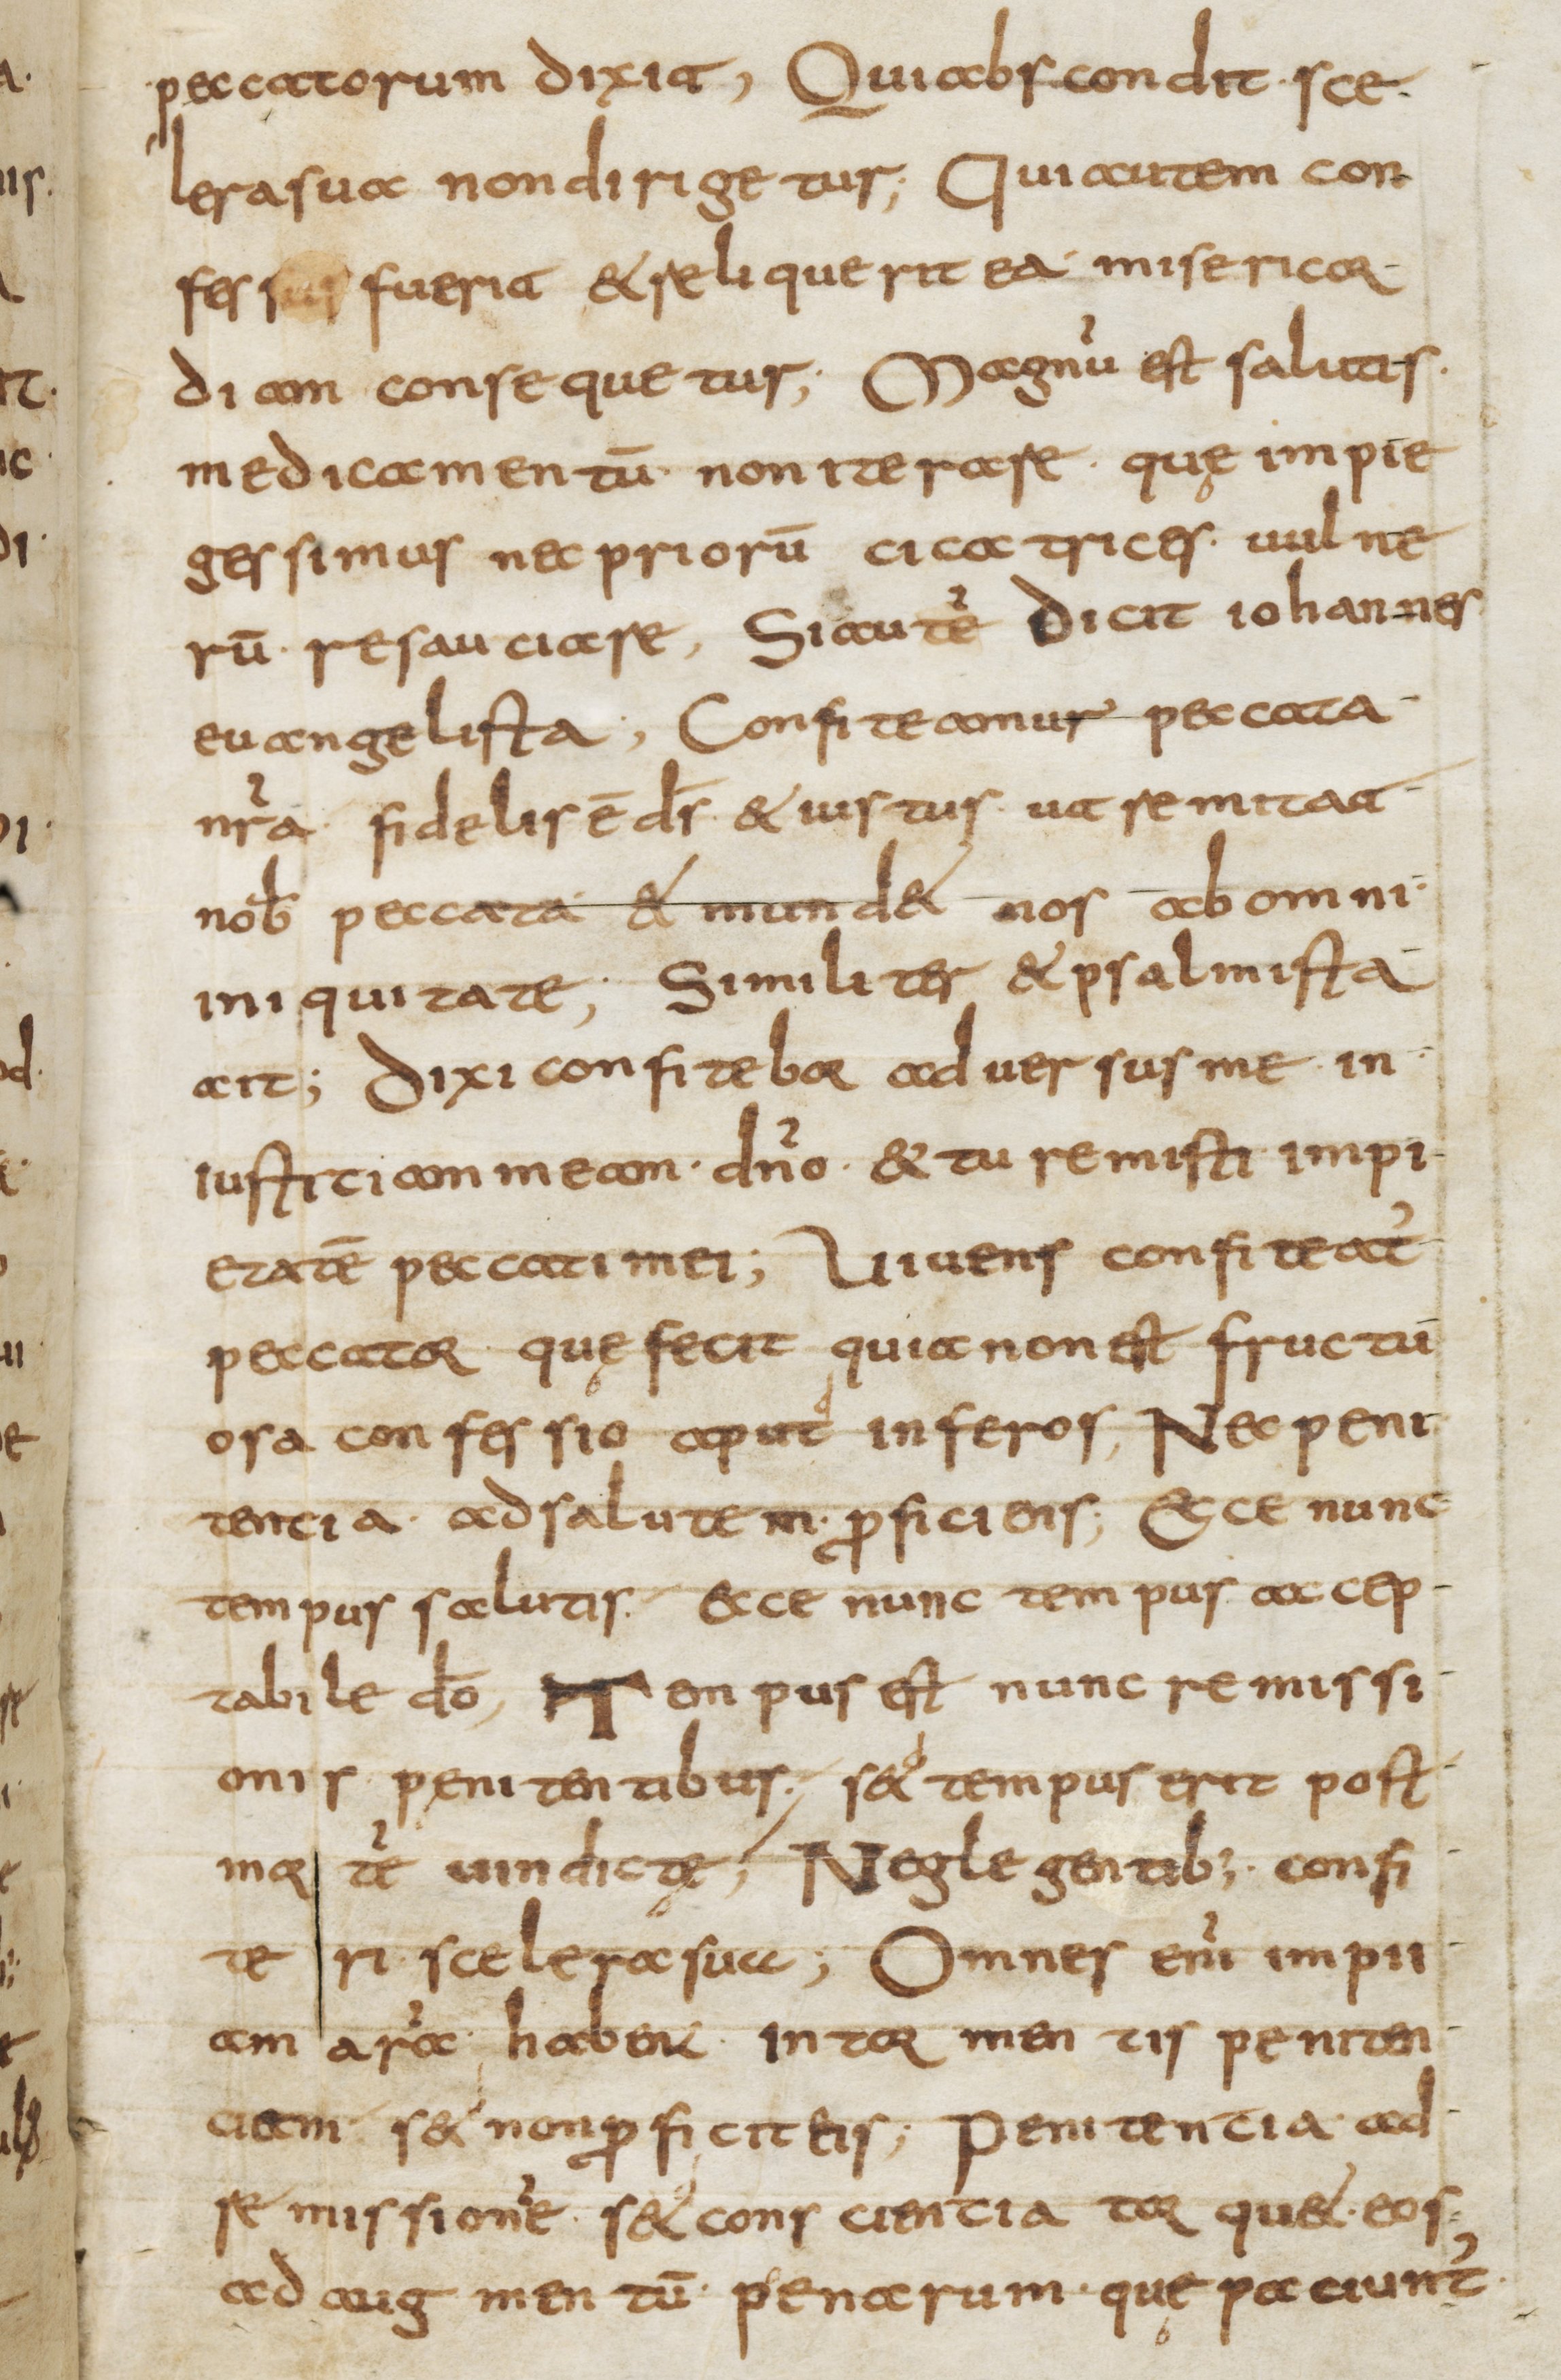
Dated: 800–899